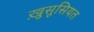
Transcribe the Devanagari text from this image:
खु़सूसियत